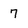
Character: 7